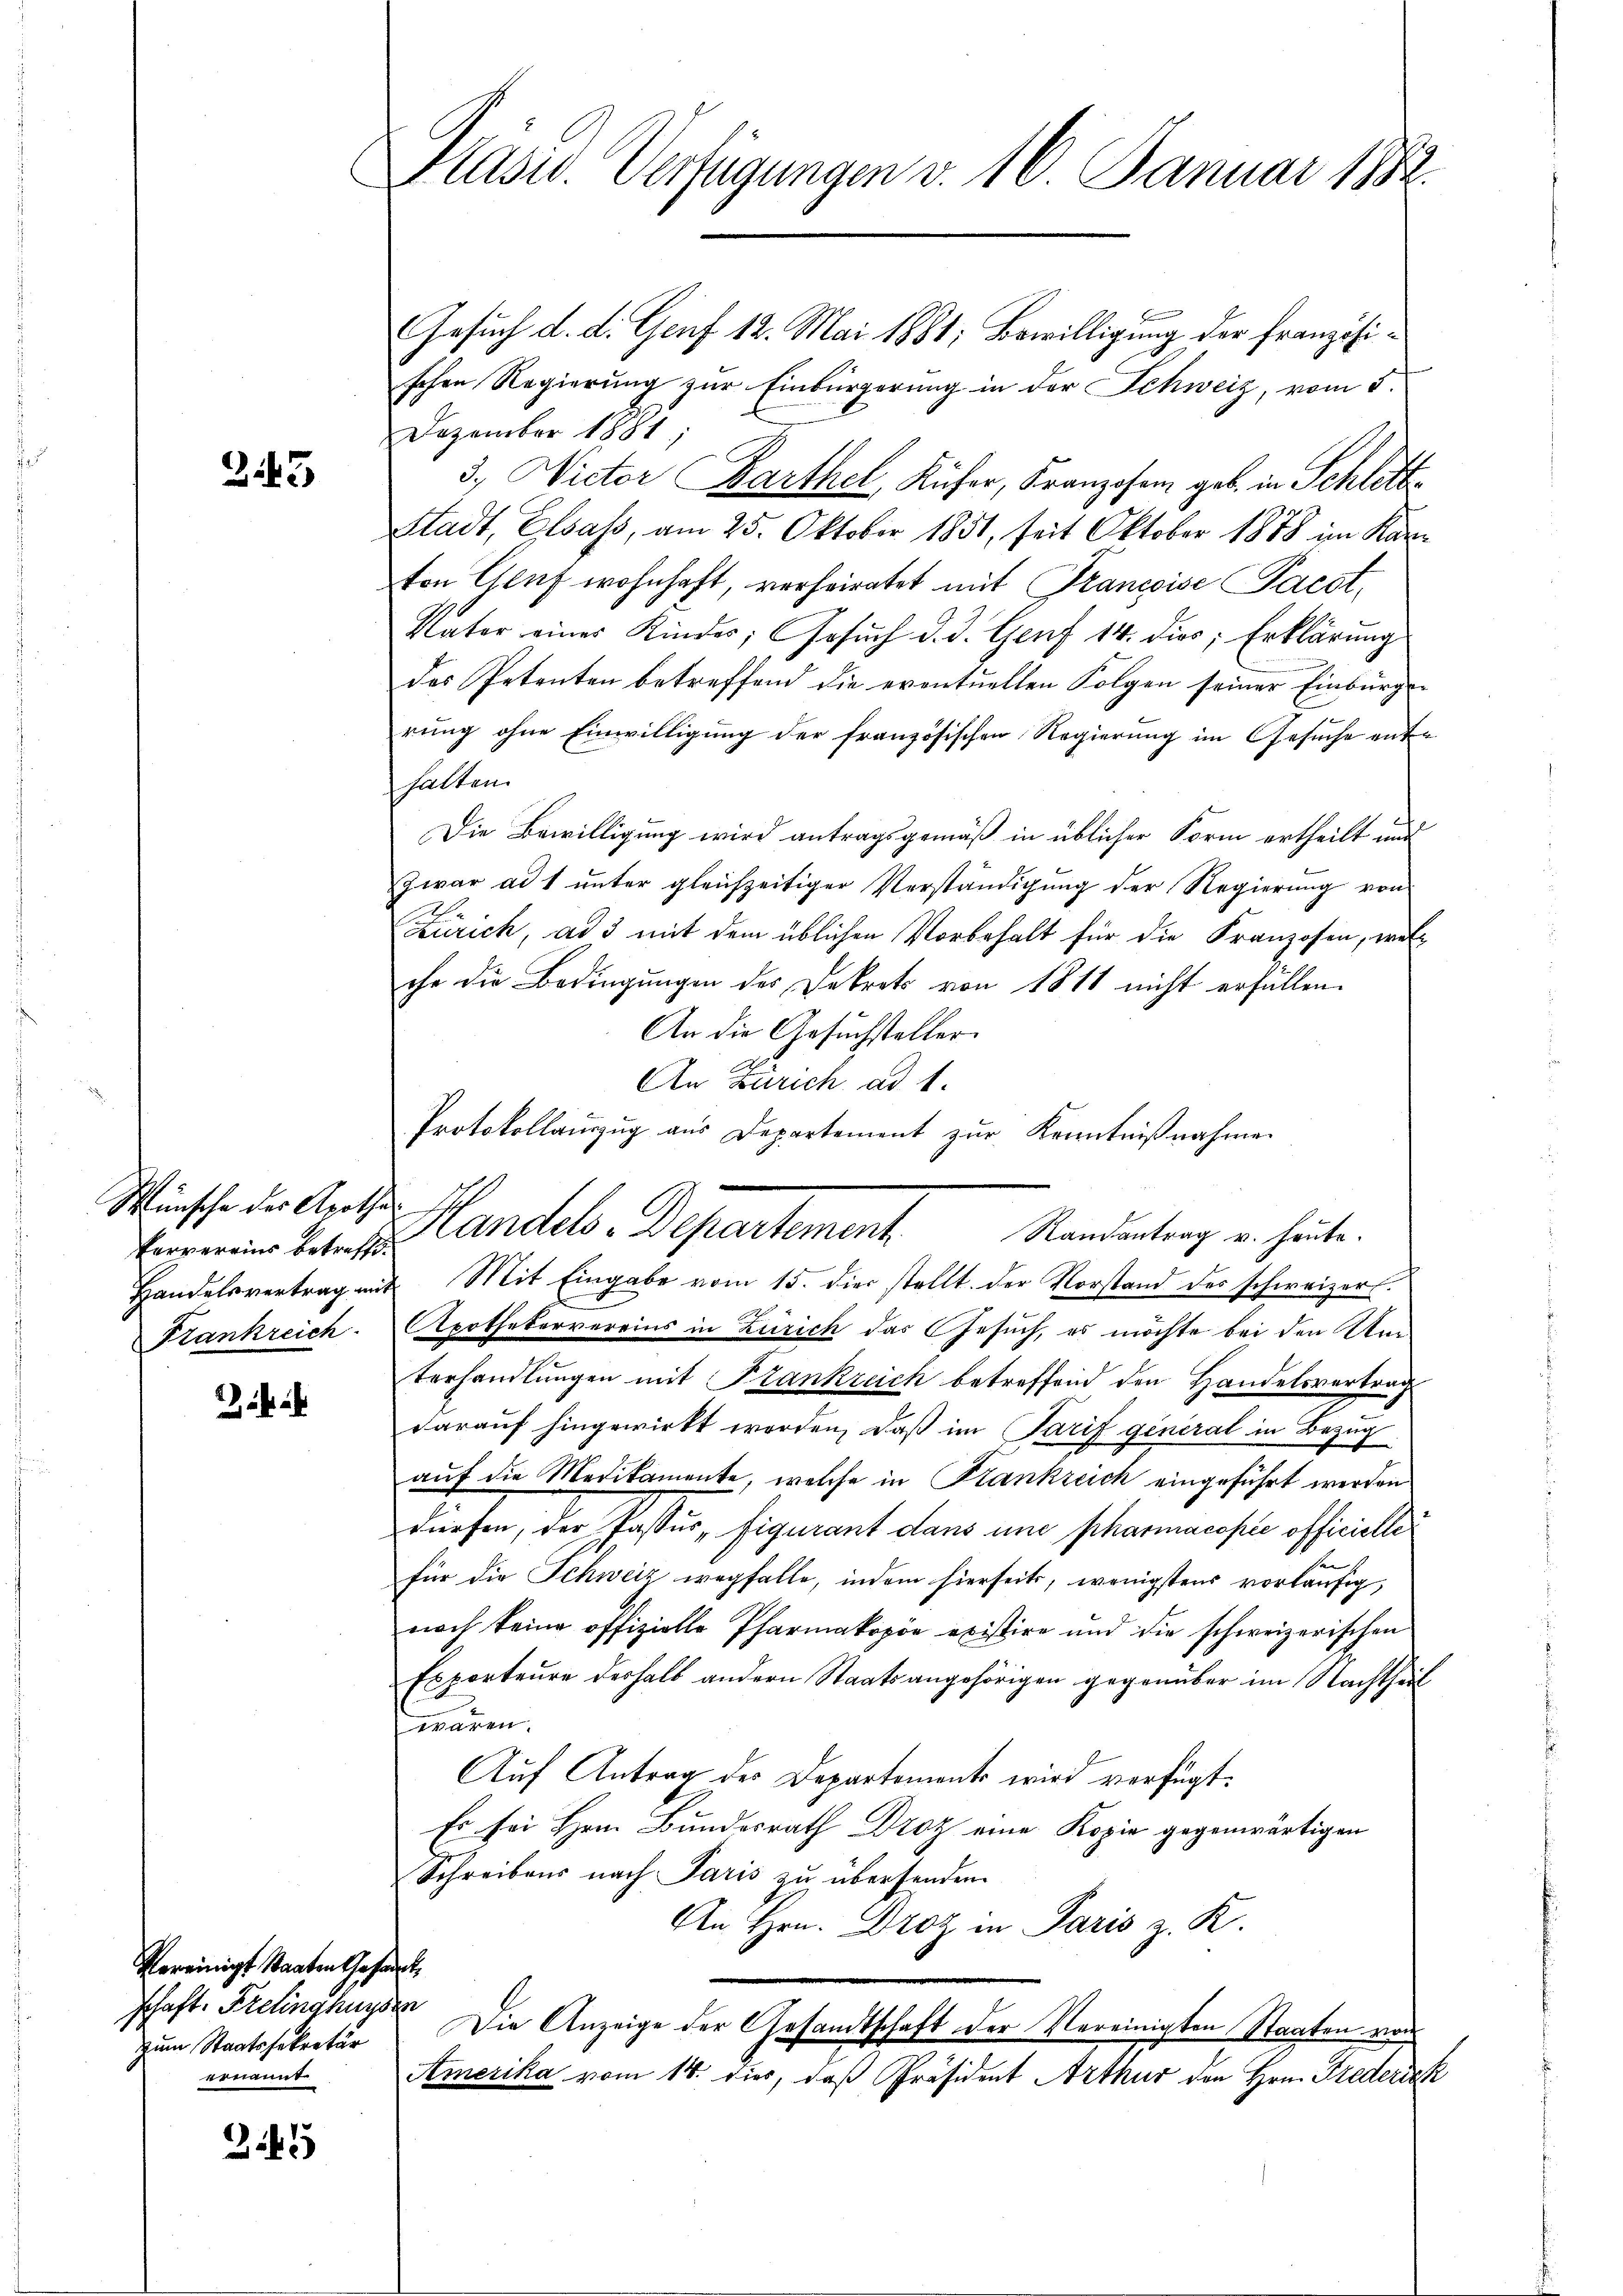
245

Wünsche des Apothe
Ververeins betreffe.
Handelsvertrag mit

¬

Vereinigt Staaten Gesandt
schaft. Fretinghuysen
zum Staatssekretär
ernannt

3.45

Präsid. Verfügungen v. 16. Januar 1882.

Gesuch d. d. Genf 12. Mai 1881; Bewilligung der Französischen Regierung zur Einbürgerung in der Schweiz, vom 5.
Dezember 1884
3.) Wictor Barthel, Küfer, Franzosen geb. in Schlette
Stadt, Elsass, am 25. Oktober 1851, seit Oktober 1878 im Kanton Glut wohnhaft, verheiratet mit Francoise Pacot,
Vater einer Kinder, Gesŭch d. d. Genf 14. dies; Erklärung
des Petenten betreffend die eventuellen Folgen seiner Einbürger
rung ohne Einwilligung der französischen Regierung im Gesuche enthalten.
Die Bewilligung wird antragsgemäß in üblicher Form ertheilt und
zwar ad 1 ŭnter gleichzeitiger Verständigŭng der Regierŭng von
Zürich, ad 3 mit dem üblichen Vorbehalt für die Franzosen, welche die Bedingungen des Dekrets von 1811 nicht erfällen.
An die Gesuchsteller
An Zürich ad 1.
Mit Eingabe vom 15. dies stellt. Der Vorstand des schweizer.
Frankreich. Apothekervereins in Zürich das Gesuch, es möchte bei den Unterhandlungen mit Frankreich betreffend den Handelsvertrag
darauf hingewirkt worden, daß im Parif general in Bezug
auf die Medikamente, welche in Krankreich eingeführt werden.
dürfen, der Passus, Figurant dans une pharmacopie officielle
für die Schweiz wegfalle, indem hierseits, wenigstens vorläufig,
nach keine offizielle Pharmakopöe existire und die schweizerischen
Esporteure deshalb andern Staatsangehörigen gegenüber im Nachtheil
wären.
Auf Antrag des Departements wird verfügt:
Es sei Hrn. Bundesrath Droz eine Kopie gegenwärtigen
Schreibens nach Paris zu übersenden.
An Hrn. Droz in Paris z. K.
Die Anzeige der Gesandtschaft der Vereinigten Staaten von
Amerika vom 14. dies, daß Präsident Arthur den Hrn. Frederic

Protokollauszug aus Departement zur Kenntnißnahme
Handels-Departement
Randantrag u. heute.